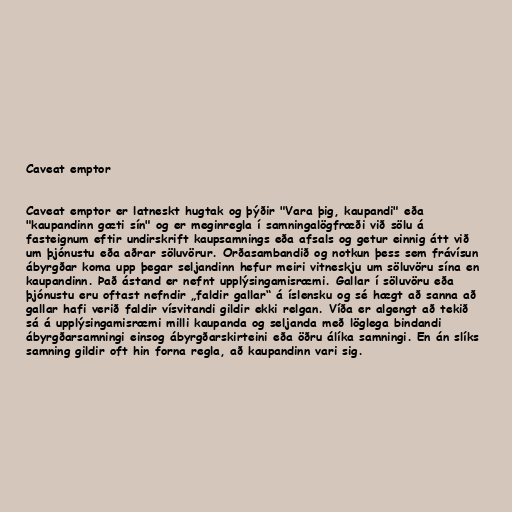
Caveat emptor

Caveat emptor er latneskt hugtak og þýðir "Vara þig, kaupandi" eða
"kaupandinn gæti sín" og er meginregla í samningalögfræði við sölu á
fasteignum eftir undirskrift kaupsamnings eða afsals og getur einnig átt við
um þjónustu eða aðrar söluvörur. Orðasambandið og notkun þess sem frávísun
ábyrgðar koma upp þegar seljandinn hefur meiri vitneskju um söluvöru sína en
kaupandinn. Það ástand er nefnt upplýsingamisræmi. Gallar í söluvöru eða
þjónustu eru oftast nefndir „faldir gallar“ á íslensku og sé hægt að sanna að
gallar hafi verið faldir vísvitandi gildir ekki relgan. Víða er algengt að tekið
sá á upplýsingamisræmi milli kaupanda og seljanda með löglega bindandi
ábyrgðarsamningi einsog ábyrgðarskirteini eða öðru álíka samningi. En án slíks
samning gildir oft hin forna regla, að kaupandinn vari sig.